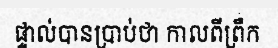
ផ្ទាល់បានប្រាប់ថា កាលពីព្រឹក